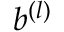
b ^ { ( l ) }